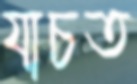
যাচত